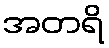
အတရိ